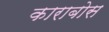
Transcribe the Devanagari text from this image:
काराबोस